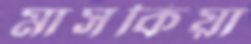
মাসকিয়া